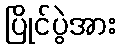
ပြိုင်ပွဲအား